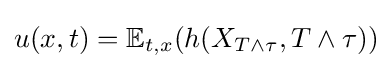
u(x,t)=\mathbb {E} _{t,x}(h(X_{T\wedge \tau },T\wedge \tau ))